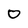
Character: 0